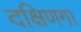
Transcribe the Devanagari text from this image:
दक्षिणगा